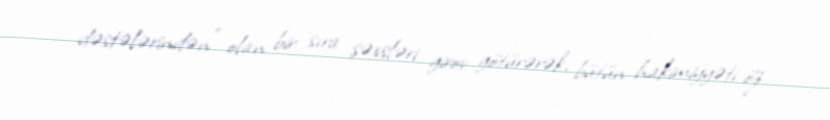
dəstələrindən" olan bir sıra şəxsləri girov götürərək, bütün hakimiyyəti öz